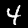
Label: 4